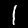
Digit: 1